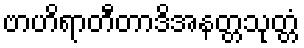
ဗာဟိရာတီတာဒိအနတ္တသုတ္တံ